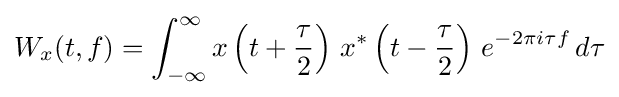
W_{x}(t,f)=\int _{-\infty }^{\infty }x\left(t+{\frac {\tau }{2}}\right)\,x^{*}\left(t-{\frac {\tau }{2}}\right)\,e^{-2\pi i\tau f}\,d\tau